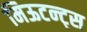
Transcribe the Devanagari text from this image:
मिऊटन्ट्स